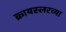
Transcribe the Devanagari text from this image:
क्रायस्लरच्या